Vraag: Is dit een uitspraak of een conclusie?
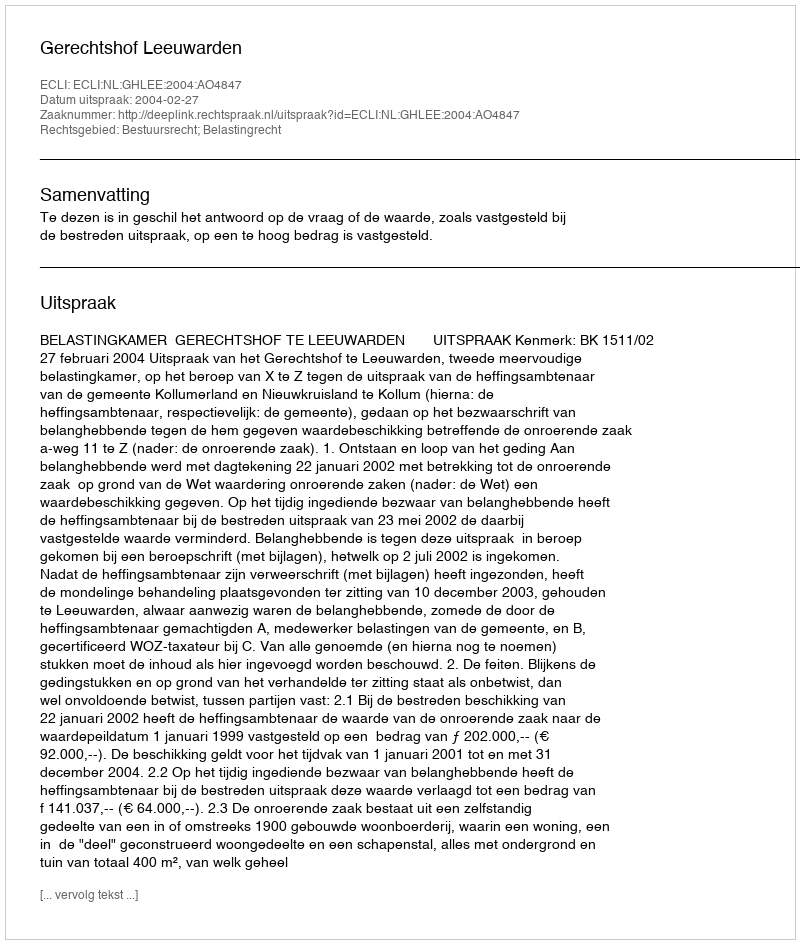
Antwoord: Uitspraak